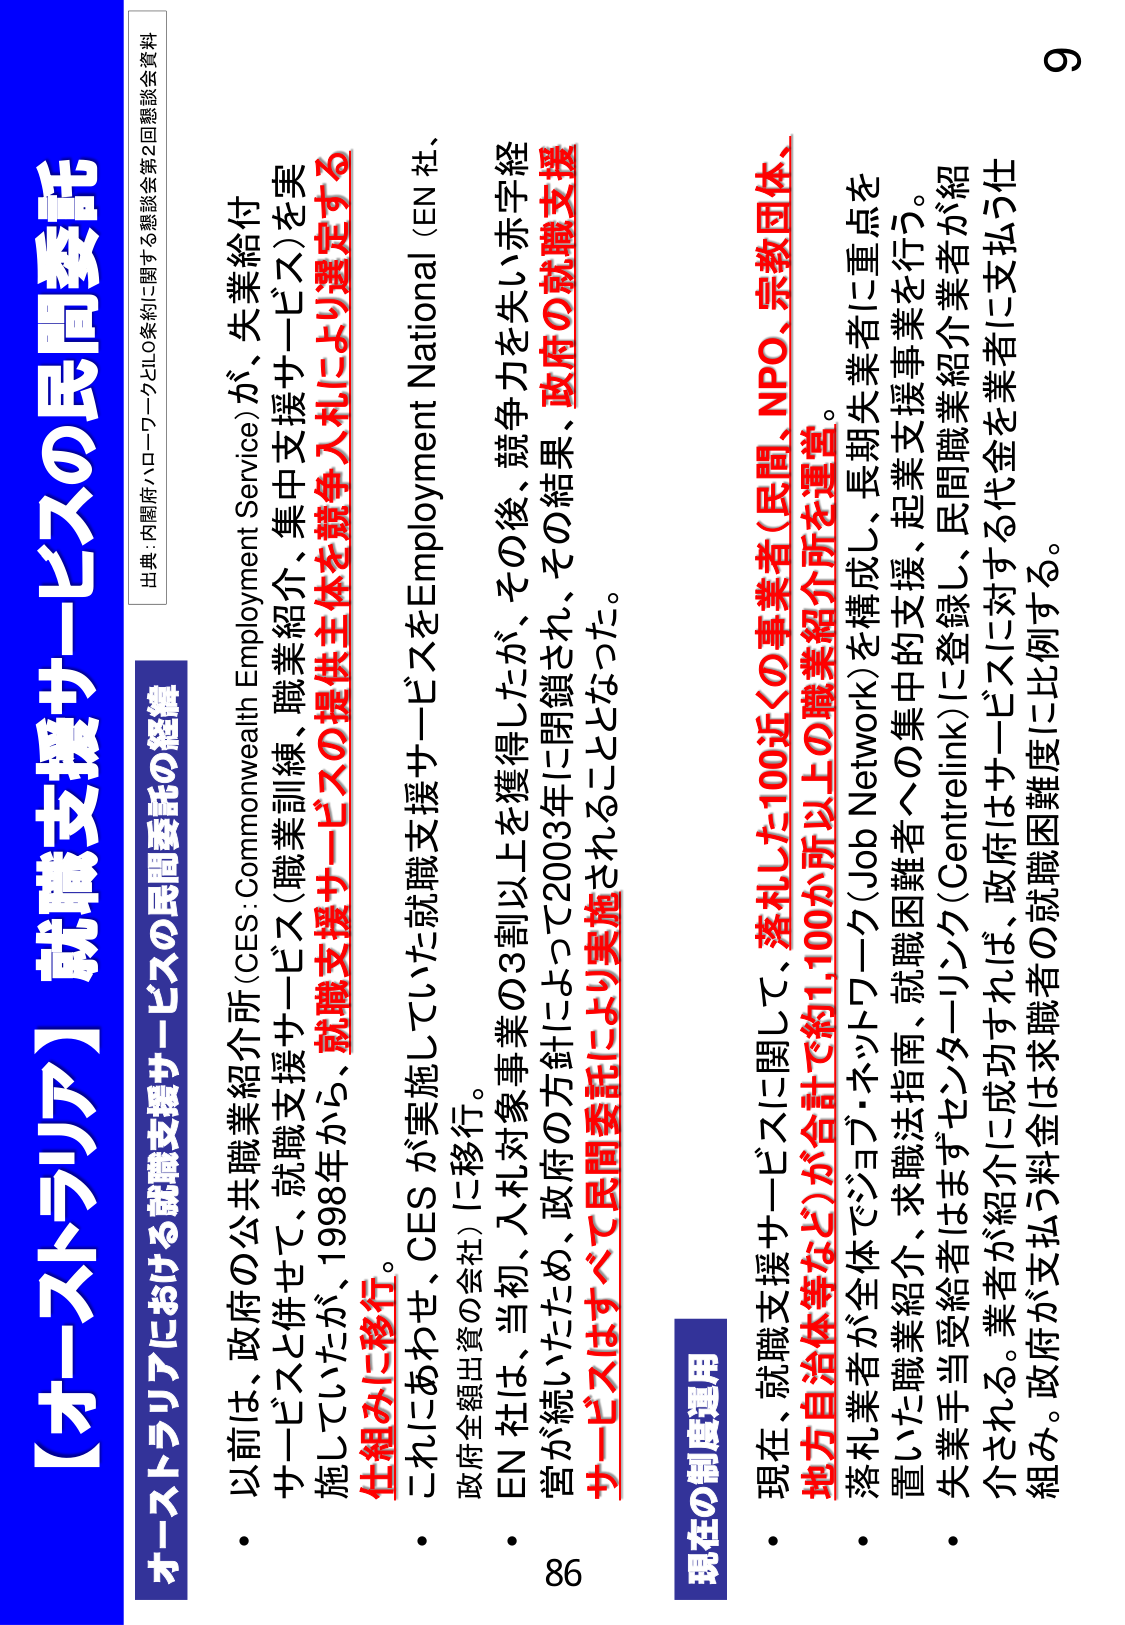
【オーストラリア】就職支援サービスの民間委託

出典：内閣府ハローワークとILO条約に関する懇談会第2回懇談会資料

オーストラリアにおける就職支援サービスの民間委託の経緯

・以前は、政府の公共職業紹介所（CES: Commonwealth Employment Service）が、失業給付サービスと併せて、就職支援サービス（職業訓練、職業紹介、集中支援サービス）を実施していたが、1998年から、就職支援サービスの提供主体を競争入札により選定する仕組みに移行。

・これにあわせ、CESが実施していた就職支援サービスをEmployment National（EN社、政府全額出資の会社）に移行。

・EN社は、当初、入札対象事業の3割以上を獲得したが、その後、競争力を失い赤字経営が続いたため、政府の方針によって2003年に閉鎖され、その結果、政府の就職支援サービスはすべて民間委託により実施されることとなった。

現在の制度運用

・現在、就職支援サービスに関して、落札した100近くの事業者（民間、NPO、宗教団体、地方自治体等など）が合計で約1,100か所以上の職業紹介所を運営。

・落札業者が全体でジョブ・ネットワーク（Job Network）を構成し、長期失業者に重点を置いた職業紹介、求職法指南、就職困難者への集中的支援、起業支援事業を行う。

・失業手当受給者はまずセンターリンク（Centrelink）に登録し、民間職業紹介業者が紹介される。業者が紹介に成功すれば、政府はサービスに対する代金を業者に支払う仕組み。政府が支払う料金は求職者の就職困難度に比例する。

9